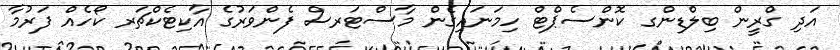
އަދި ގްރީން ބިލްޑިންގ ކޮންސެޕްޓް ހިމަނައިގެން މާސްޓަރސް ފެންވަރުގެ އާކިޓެކްޗަރ ކޯހެއް ފަރުމާ